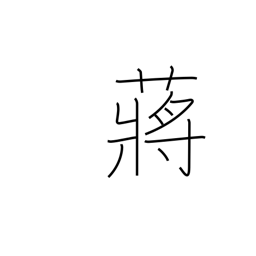
Meaning: hydropyrum latifalium